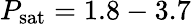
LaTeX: P_{\textrm{sat}}=1.8-3.7